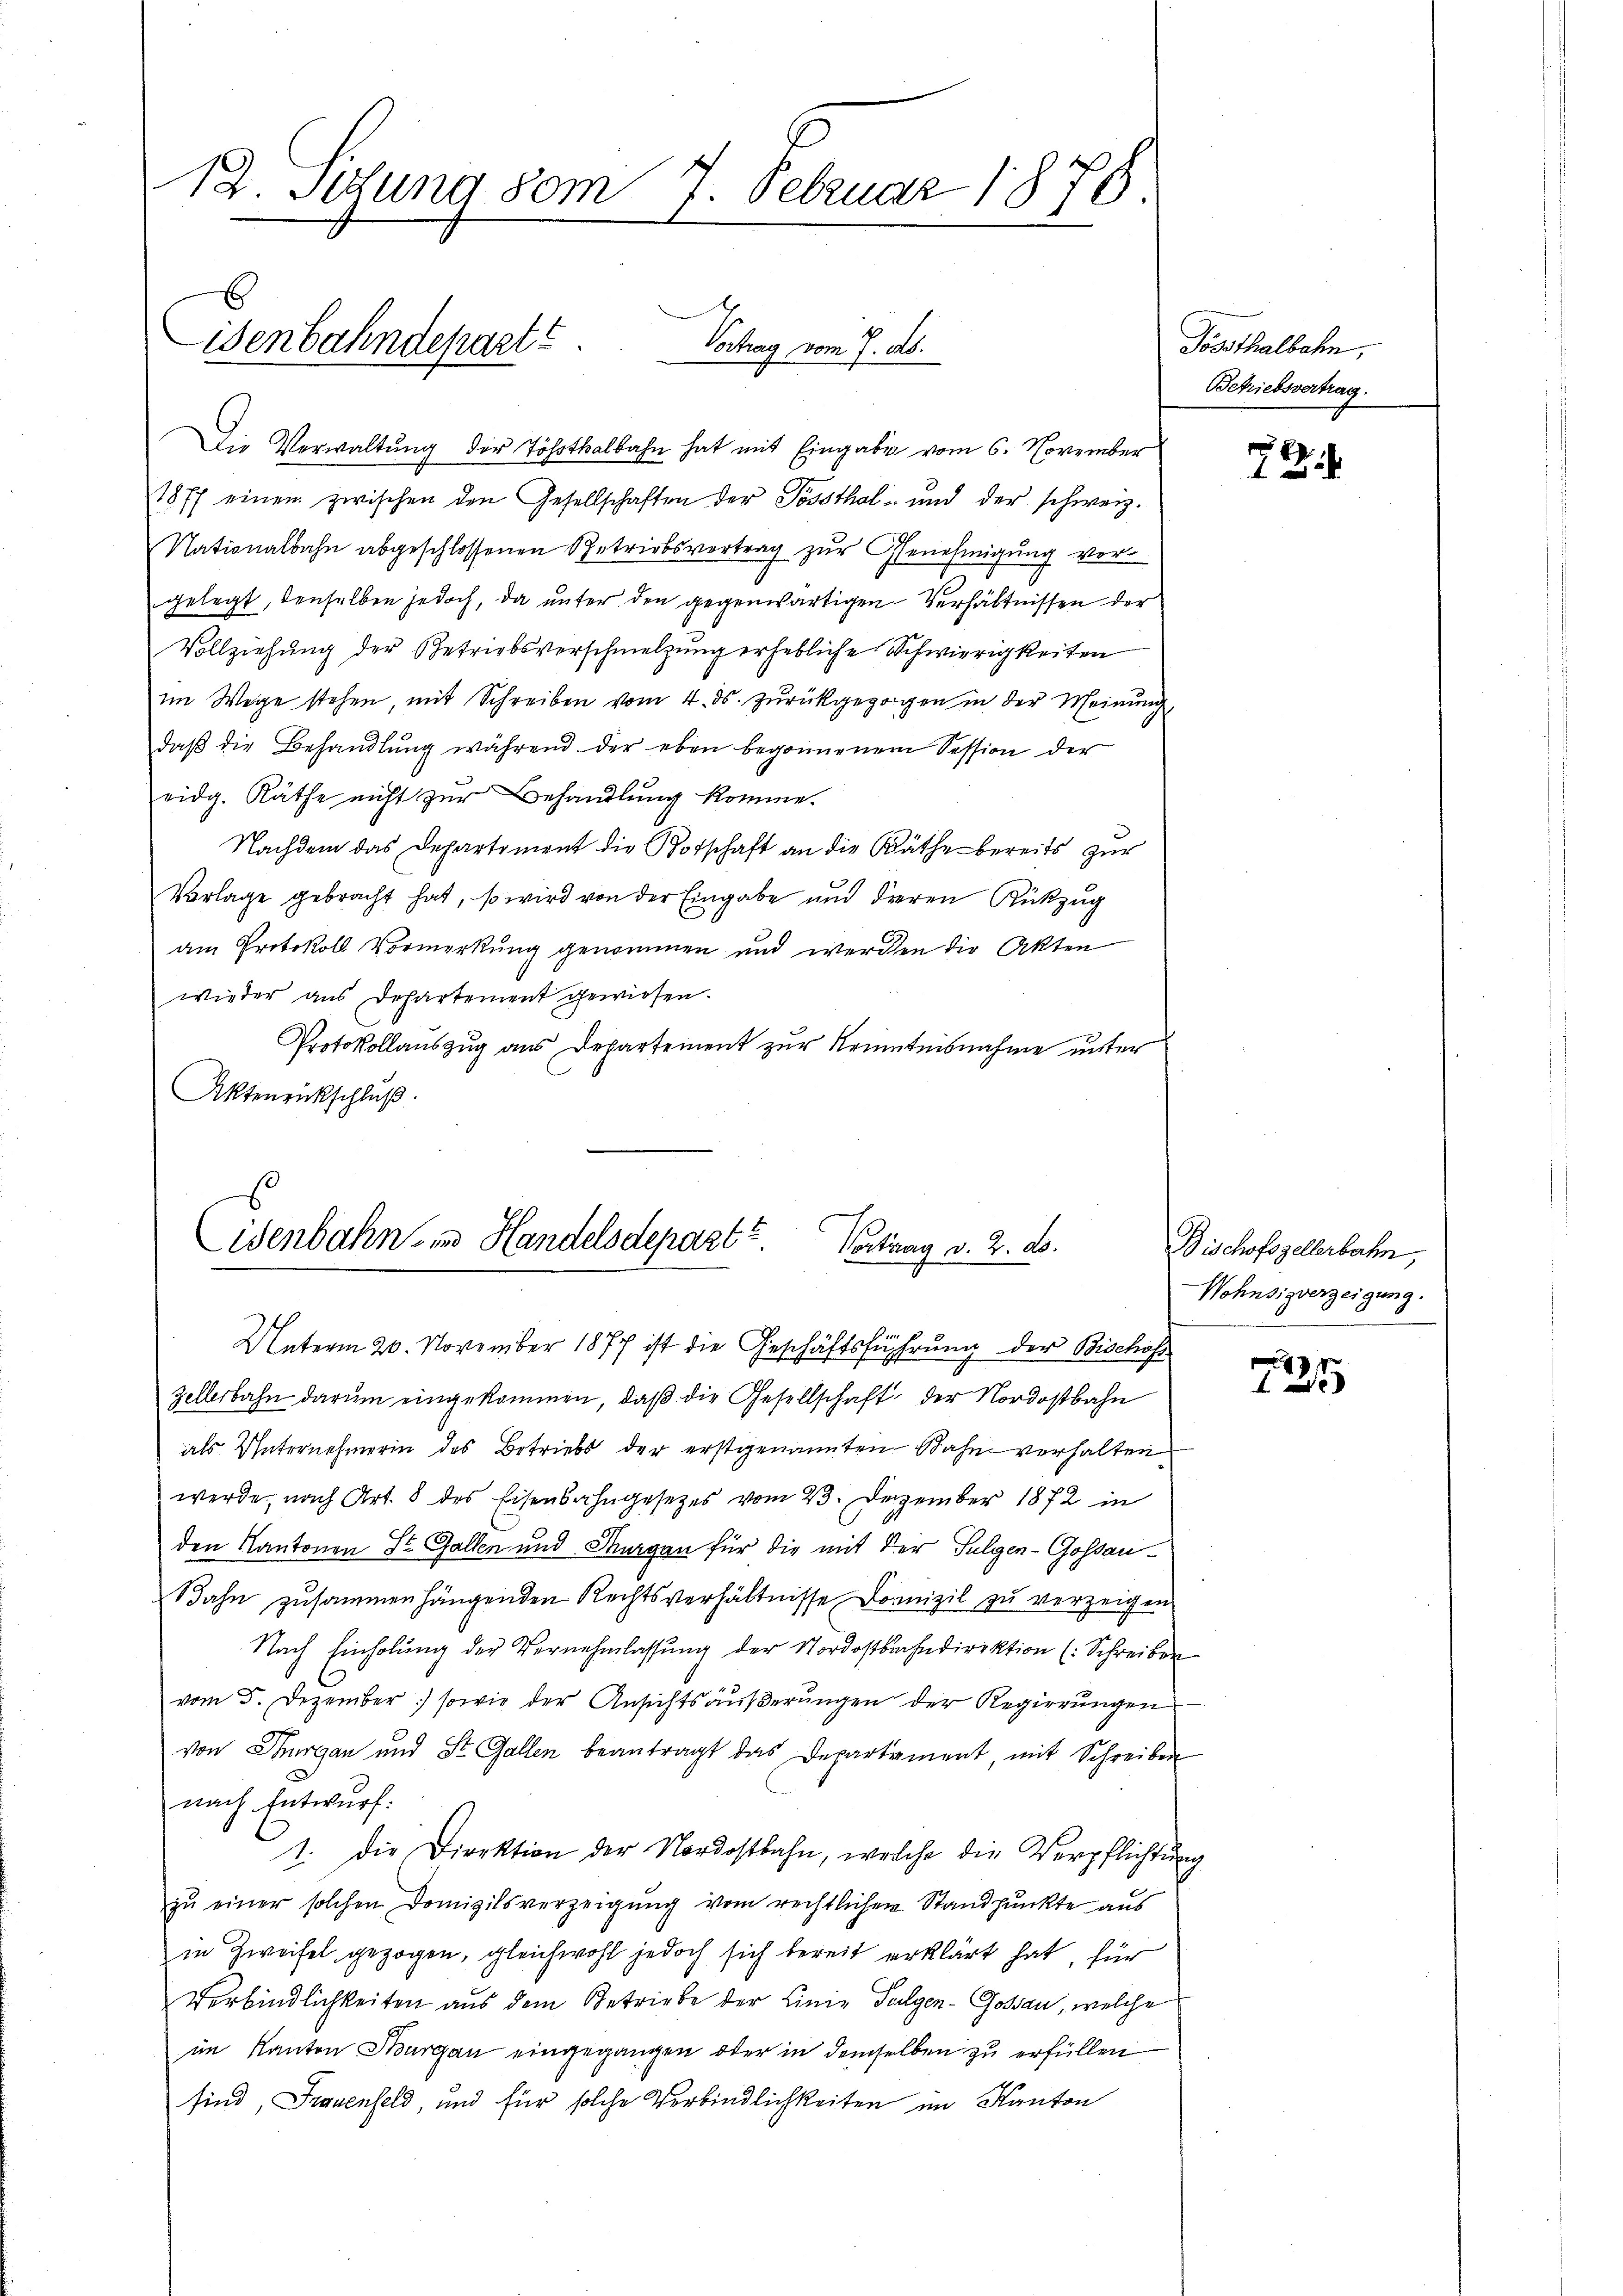
12. Setzung vom 7. Februar 1876

E
Wenbahndehaett
Vortrag vom 7. ds.

Die Verwaltŭng der Tößthalbahn hat mit Eingabe vom 6. November
1877 einen zwischen den Gesellschaften der Possthal und der schweiz.
Nationalbahn abgeschlossenen Betriebsvertrag zur Genehmigung vorgelegt, denselben jedoch, da unter den gegenwärtigen Verhältnissen der
Vollziehung der Betriebsverschmelzung erhebliche Schwierigkeiten
im Wege stehen, mit Schreiben vom 4. ds. zurückgezogen in der Meinung,
daβ die Behandlŭng während der eben begonnenem Session der
eidg. Räthe nicht zur Behandlung komme.
Nachdem das Departement die Botschaft an die Räthe bereits zur
Vorlage gebracht hat, so wird von der Eingabe und deren Rükzug
am Protokoll Vormerkung genommen und werden die Akten
wieder aus Departement gewiesen.
Protokollauszug aus Departement zur Kenntnisnahme unter
Aktenrückschluß.

Eisenbahn, in Handelsdepast?
Vortrag v. 2. ds.
Unterm 20. November 1877 ist die Geschäftsführung der Bischaf

Zellerbahn darum eingekommen, daß die Gesellschaft der Nordostbahn
als Unternehmerin des Betriebs der erstgenannten Bahn verhalten
werde, nach Art. 8 des Eisenbahngesetzes vom 23. Dezember 1872 in
den Kantonen St. Gallen und Sturgen für die mit der Fulgen-Gossau¬
Bahn zusammenhängenden Rechtsverhältnisse Domizil zu verzeigen
Nach Einholung der Vernehmlassung der Nordostbahndirektion (: Schreiben
vom 5. Dezember) sowie der Ansichtsäußerungen der Regierungen
von Thurgau und St. Gallen beantragt das Departement, mit Schreiben
nach Entwurf:
1. Die Direktion der Nordostbahn, welche die Verpflichtung
zŭ einer solchen Domizilsverzeigung vom rechtlichen Standpunkte aus
in Zweifel gezogen, gleichwohl jedoch sich bereit erklärt hat, für
Verbindlichkeiten aus dem Betriebe der Linie Sulgen-Goßau, welche
im Kanton Thurgau eingegangen oder in demselben zu erfüllen
sind, Frauenfeld, und für solche Verbindlichkeiten im Kanton

Toosthalbahn,
Betriebsvertrag.

7

Bischofszellerbahn,
Wohnsizverzeigung.

727